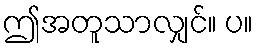
ဤအတူသာလျှင်။ ပ။